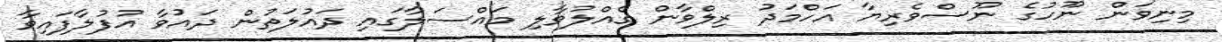
މިނިވަން ނޫހުގެ ނޫސްވެރިޔާ އަހްމަދު ރިލްވާން ގެއްލުވާލި މައްސަލާގައި ދައުލަތުން ދަައުވާ އުފުލާފައިވާ